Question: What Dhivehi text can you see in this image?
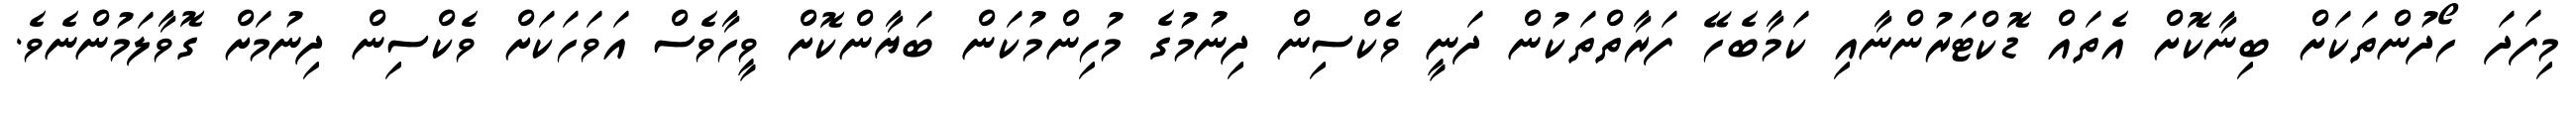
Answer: މިފަދަ ހޯދުންތަކަށް ބިނާކޮށް އެތައް ޑޮކްޓަރުންނާއި ކަމާބެހޭ ފަރާތްތަކުން ދަނީ ވެކްސިން ދިނުމުގެ މުހިންމުކަން ބަޔާންކޮށް ވީހާވެސް އަވަހަކަށް ވެކްސިން ދިނުމަށް ގޮވާލަމުންނެވެ.